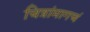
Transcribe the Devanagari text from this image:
चित्रांमागचं